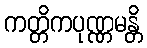
ကတ္တိကပုဏ္ဏမန္တိ